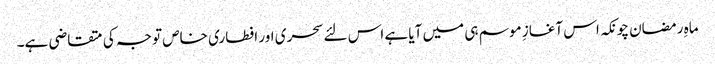
ماہِ رمضان چونکہ اس آغازِ موسم ہی میں آیا ہے اس لئے سحری اور افطاری خاص توجہ کی متقاضی ہے۔